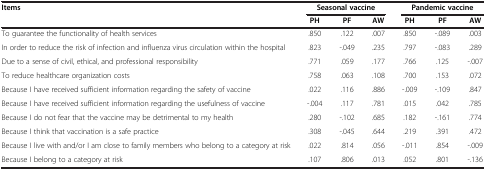
<table><thead><tr><td><b>Items</b></td><td colspan="3"><b>Seasonal vaccine</b></td><td colspan="3"><b>Pandemic vaccine</b></td></tr><tr><td><b> </b></td><td><b>PH</b></td><td><b>PF</b></td><td><b>AW</b></td><td><b>PH</b></td><td><b>PF</b></td><td><b>AW</b></td></tr></thead><tbody><tr><td>To guarantee the functionality of health services</td><td>.850</td><td>.122</td><td>.007</td><td>.850</td><td>-.089</td><td>.003</td></tr><tr><td>In order to reduce the risk of infection and influenza virus circulation within the hospital</td><td>.823</td><td>-.049</td><td>.235</td><td>.797</td><td>-.083</td><td>.289</td></tr><tr><td>Due to a sense of civil, ethical, and professional responsibility</td><td>.771</td><td>.059</td><td>.177</td><td>.766</td><td>.125</td><td>-.007</td></tr><tr><td>To reduce healthcare organization costs</td><td>.758</td><td>.063</td><td>.108</td><td>.700</td><td>.153</td><td>.072</td></tr><tr><td>Because I have received sufficient information regarding the safety of vaccine</td><td>.022</td><td>.116</td><td>.886</td><td>-.009</td><td>-.109</td><td>.847</td></tr><tr><td>Because I have received sufficient information regarding the usefulness of vaccine</td><td>-.004</td><td>.117</td><td>.781</td><td>.015</td><td>.042</td><td>.785</td></tr><tr><td>Because I do not fear that the vaccine may be detrimental to my health</td><td>.280</td><td>-.102</td><td>.685</td><td>.182</td><td>-.161</td><td>.774</td></tr><tr><td>Because I think that vaccination is a safe practice</td><td>.308</td><td>-.045</td><td>.644</td><td>.219</td><td>.391</td><td>.472</td></tr><tr><td>Because I live with and/or I am close to family members who belong to a category at risk</td><td>.022</td><td>.814</td><td>.056</td><td>-.011</td><td>.854</td><td>-.009</td></tr><tr><td>Because I belong to a category at risk</td><td>.107</td><td>.806</td><td>.013</td><td>.052</td><td>.801</td><td>-.136</td></tr></tbody></table>